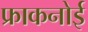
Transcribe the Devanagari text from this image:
फ्राकनोई